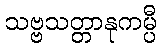
သဗ္ဗသတ္တာနုကမ္ပီ